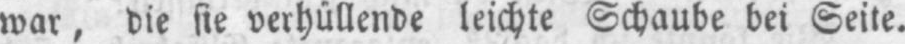
war, die sie verhüllende leichte Schaube bei Seite.